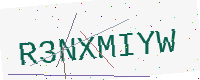
Text: R3NXMIYW